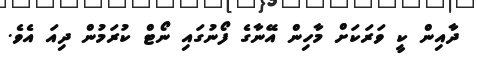
ދާއިން ކީ ވަރަކަށް މާހިން އޭނާގެ ފޯނުގައި ނޯޓް ކުރަމުން ދިއަ އެވެ.